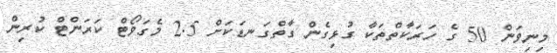
މިނިވަން 50 ގެ ހަރަކާތްތަކާ ގުޅިގެން ގާތްގަނޑަކަށް 2.5 މެގަވޯޓް ކަރަންޓް ކުރިން